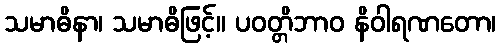
သမာဓိနာ၊ သမာဓိဖြင့်။ ပဝတ္တိဘာဝ နိဝါရဏတော၊